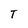
Character: T